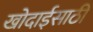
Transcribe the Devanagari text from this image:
खोदाईसाठी